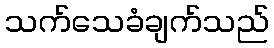
သက်သေခံချက်သည်